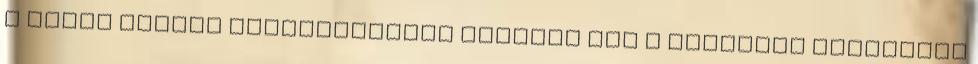
a beírt adatok megjelenítése Ismerje meg a kijelzőn megjelenő